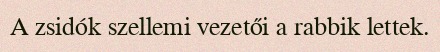
A zsidók szellemi vezetői a rabbik lettek.